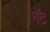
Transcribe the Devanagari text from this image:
नॅट